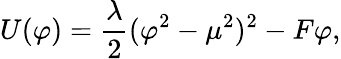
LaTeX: U(\varphi)={\frac{\lambda}{2}}(\varphi^{2}-\mu^{2})^{2}-F\varphi,